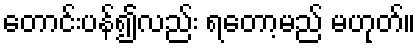
တောင်းပန်၍လည်း ရတော့မည် မဟုတ်။